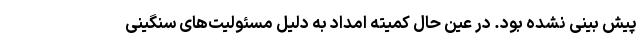
پیش بینی نشده بود. در عین حال کمیته امداد به دلیل مسئولیت‌های سنگینی